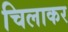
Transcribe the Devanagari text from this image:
चिलाकर